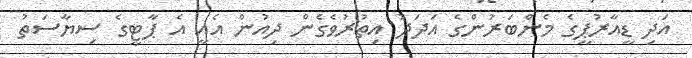
އަދި ޑީއާރުޕީގެ މެންބަރުންގެ އަދަދު އިތުރުވެގެން ދިއުން އެއީ އެ ޕާޓީގެ ސިޔާސަތު